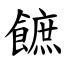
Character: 䭖